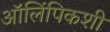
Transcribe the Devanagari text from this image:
ऑलिंपिकशी